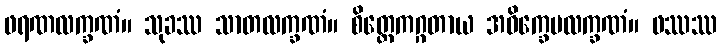
ဖရဏလက္ခဏံ။ သုခဿ သာတလက္ခဏံ။ စိတ္တေကဂ္ဂတာယ အဝိက္ခေပလက္ခဏံ။ ဖဿဿ